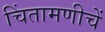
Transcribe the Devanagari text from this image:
चिंतामणीचें